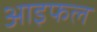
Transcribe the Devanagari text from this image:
आइफल